Insane asylums in Bengal annual reports 1867-1875 - 1867-1875
Year: 1867
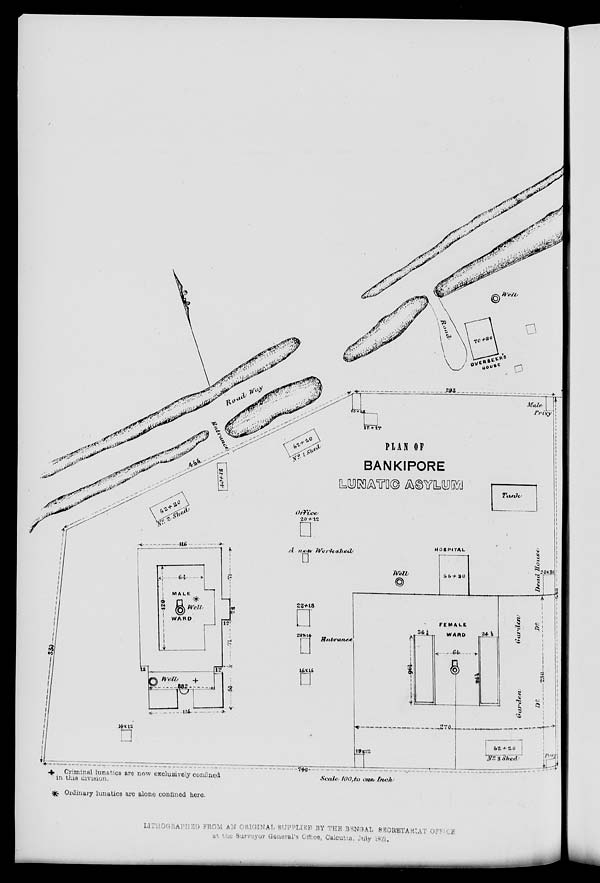
LITHOGRAPHED FROM AN ORIGINAL SUPPLIED BY THE BENGAL SECRETARIAT OFFICE
at the Surveyor General's Office, Calcutta, July 1871.